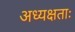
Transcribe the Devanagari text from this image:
अध्यक्षताः